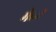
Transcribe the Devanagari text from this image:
मेत्ज